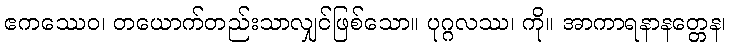
ဧကဿေဝ၊ တယောက်တည်းသာလျှင်ဖြစ်သော။ ပုဂ္ဂလဿ၊ ကို။ အာကာရနာနတ္တေန၊